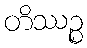
တိဿဉ္စ